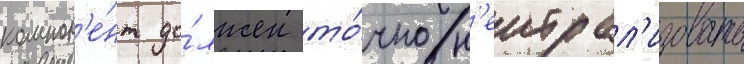
компон'е́нт до́лжен то́чно н'еитрал'изовать